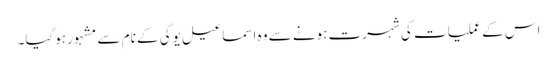
اس کے عملیات کی شہرت ہونے سے وہ اسماعیل یوگی کے نام سے مشہور ہوگیا۔